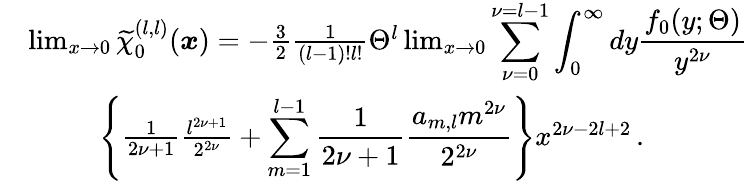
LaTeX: \begin{array}{rl}&{\operatorname*{lim}_{x\to 0}\widetilde{\chi}_{0}^{(l,l)}(\boldsymbol{x})=-\frac{3}{2}\frac{1}{(l-1)!l!}\Theta^{l}\operatorname*{lim}_{x\to 0}\displaystyle\sum_{\nu=0}^{\nu=l-1}\int_{0}^{\infty}dy\frac{f_{0}(y;\Theta)}{y^{2\nu}}}\\ &{\qquad\, \, \, \left\{ \frac{1}{2\nu+1}\frac{l^{2\nu+1}}{2^{2\nu}}+\displaystyle\sum_{m=1}^{l-1}\frac{1}{2\nu+1}\frac{a_{m,l}m^{2\nu}}{2^{2\nu}}\right\} x^{2\nu-2l+2}\, .}\end{array}